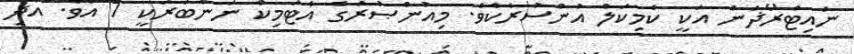
ނައިޓްރޯޛަން އަކީ ކެމިކަލް އުންސުރެކެވެ. މިއުންޞުރުގެ އެޓަމިކް ނަންބަރަކީ 7 އެވެ. އަދި